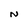
Character: N